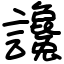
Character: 讒